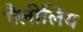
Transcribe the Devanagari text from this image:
गैलीलिय